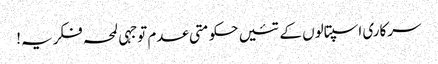
سرکاری اسپتالوں کے تئیں حکومتی عدم توجہی لمحہ فکریہ!